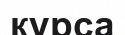
курса